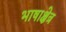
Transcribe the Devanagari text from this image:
भाषाक्षेत्र